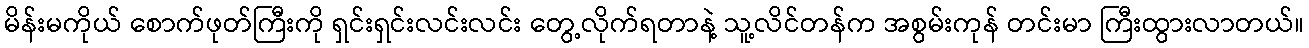
မိန်းမကိုယ် စောက်ဖုတ်ကြီးကို ရှင်းရှင်းလင်းလင်း တွေ့လိုက်ရတာနဲ့ သူ့လိင်တန်က အစွမ်းကုန် တင်းမာ ကြီးထွားလာတယ်။